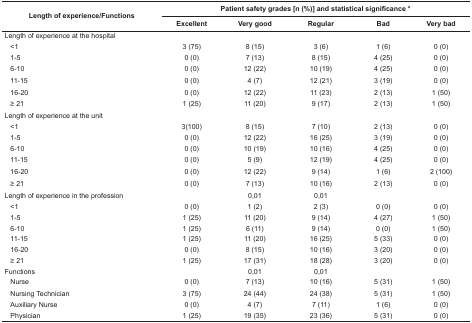
<table><thead><tr><td rowspan="2" colspan="2"><b>Length ofexperience/Functions</b></td><td colspan="5"><b>Patient safety grades [n (%)] andstatistical significance *</b></td></tr><tr><td><b>Excellent</b></td><td><b>Very good</b></td><td><b>Regular</b></td><td><b>Bad</b></td><td><b>Very bad</b></td></tr></thead><tbody><tr><td colspan="2"> Length of experience at the hospital</td><td></td><td></td><td></td><td></td><td></td></tr><tr><td></td><td> &lt;1</td><td> 3 (75)</td><td> 8 (15)</td><td> 3 (6)</td><td> 1 (6)</td><td> 0 (0)</td></tr><tr><td></td><td> 1-5</td><td> 0 (0)</td><td> 7 (13)</td><td> 8 (15)</td><td> 4 (25)</td><td> 0 (0)</td></tr><tr><td></td><td> 6-10</td><td> 0 (0)</td><td> 12 (22)</td><td> 10 (19)</td><td> 4 (25)</td><td> 0 (0)</td></tr><tr><td></td><td> 11-15</td><td> 0 (0)</td><td> 4 (7)</td><td> 12 (21)</td><td> 3 (19)</td><td> 0 (0)</td></tr><tr><td></td><td> 16-20</td><td> 0 (0)</td><td> 12 (22)</td><td> 11 (23)</td><td> 2 (13)</td><td> 1 (50)</td></tr><tr><td></td><td> ≥ 21</td><td> 1 (25)</td><td> 11 (20)</td><td> 9 (17)</td><td> 2 (13)</td><td> 1 (50)</td></tr><tr><td colspan="2"> Length of experience at the unit</td><td></td><td></td><td></td><td></td><td></td></tr><tr><td></td><td> &lt;1</td><td> 3(100)</td><td> 8 (15)</td><td> 7 (10)</td><td> 2 (13)</td><td> 0 (0)</td></tr><tr><td></td><td> 1-5</td><td> 0 (0)</td><td> 12 (22)</td><td> 16 (25)</td><td> 3 (19)</td><td> 0 (0)</td></tr><tr><td></td><td> 6-10</td><td> 0 (0)</td><td> 10 (19)</td><td> 10 (16)</td><td> 4 (25)</td><td> 0 (0)</td></tr><tr><td></td><td> 11-15</td><td> 0 (0)</td><td> 5 (9)</td><td> 12 (19)</td><td> 4 (25)</td><td> 0 (0)</td></tr><tr><td></td><td> 16-20</td><td> 0 (0)</td><td> 12 (22)</td><td> 9 (14)</td><td> 1 (6)</td><td> 2 (100)</td></tr><tr><td></td><td> ≥ 21</td><td> 0 (0)</td><td> 7 (13)</td><td> 10 (16)</td><td> 2 (13)</td><td> 0 (0)</td></tr><tr><td colspan="2"> Length of experience in the profession</td><td></td><td> 0,01</td><td> 0,01</td><td></td><td></td></tr><tr><td></td><td> &lt;1</td><td> 0 (0)</td><td> 1 (2)</td><td> 2 (3)</td><td> 0 (0)</td><td> 0 (0)</td></tr><tr><td></td><td> 1-5</td><td> 1 (25)</td><td> 11 (20)</td><td> 9 (14)</td><td> 4 (27)</td><td> 1 (50)</td></tr><tr><td></td><td> 6-10</td><td> 1 (25)</td><td> 6 (11)</td><td> 9 (14)</td><td> 0 (0)</td><td> 1 (50)</td></tr><tr><td></td><td> 11-15</td><td> 1 (25)</td><td> 11 (20)</td><td> 16 (25)</td><td> 5 (33)</td><td> 0 (0)</td></tr><tr><td></td><td> 16-20</td><td> 0 (0)</td><td> 8 (15)</td><td> 10 (16)</td><td> 3 (20)</td><td> 0 (0)</td></tr><tr><td></td><td> ≥ 21</td><td> 1 (25)</td><td> 17 (31)</td><td> 18 (28)</td><td> 3 (20)</td><td> 0 (0)</td></tr><tr><td colspan="2"> Functions</td><td></td><td> 0,01</td><td> 0,01</td><td></td><td></td></tr><tr><td></td><td> Nurse</td><td> 0 (0)</td><td> 7 (13)</td><td> 10 (16)</td><td> 5 (31)</td><td> 1 (50)</td></tr><tr><td></td><td> Nursing Technician</td><td> 3 (75)</td><td> 24 (44)</td><td> 24 (38)</td><td> 5 (31)</td><td> 1 (50)</td></tr><tr><td></td><td> Auxiliary Nurse</td><td> 0 (0)</td><td> 4 (7)</td><td> 7 (11)</td><td> 1 (6)</td><td> 0 (0)</td></tr><tr><td></td><td> Physician</td><td> 1 (25)</td><td> 19 (35)</td><td> 23 (36)</td><td> 5 (31)</td><td> 0 (0)</td></tr></tbody></table>